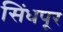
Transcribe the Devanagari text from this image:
सिंधपूर